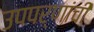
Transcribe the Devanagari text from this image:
उपपर्णांची